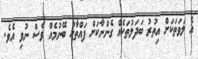
އެ ލަވަތަކަށް އިތުރު ބަދަލުތަކެއް ގެންނާކަށް ފައްތާހު ބޭނުމެއް ވެސް ނުވި އެވެ.